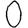
Digit: 0